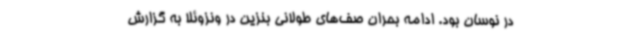
در نوسان بود. ادامه بحران صف‌های طولانی بنزین در ونزوئلا به گزارش